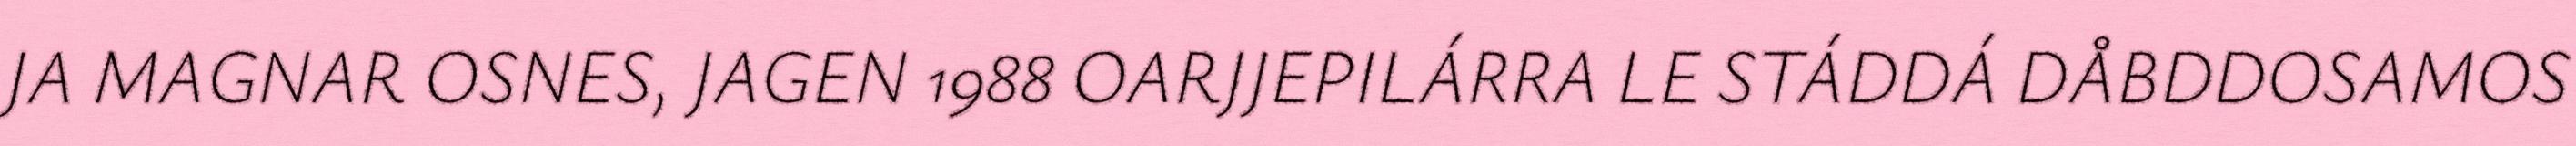
JA MAGNAR OSNES, JAGEN 1988 OARJJEPILÁRRA LE STÁDDÁ DÅBDDOSAMOS